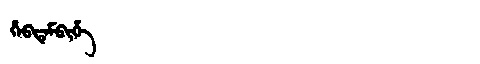
Manchu: ᡥᡝᠪᡩᡝᠮᠪᡳᡥᡝ
Romanization: HEBDEMBIHE